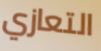
التعازي